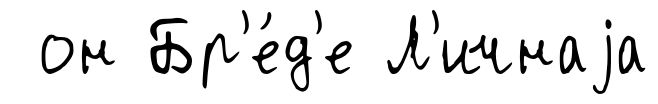
он Бр'е́д'е Л'ичнаjа